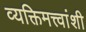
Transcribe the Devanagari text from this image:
व्यक्तिमत्त्वांशी